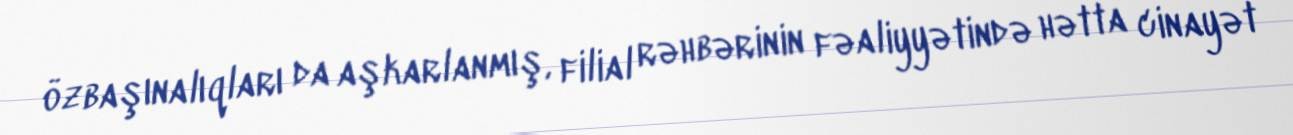
özbaşınalıqları da aşkarlanmış, filial rəhbərinin fəaliyyətində hətta cinayət